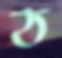
ঠ